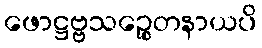
ဖောဋ္ဌဗ္ဗသဉ္စေတနာယပိ